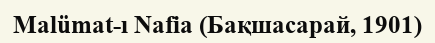
Malümat-ı Nafia (Бақшасарай, 1901)